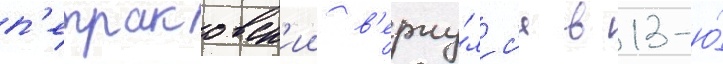
п'етраковск'ии в'ерну́лс'я в 13-ю́